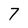
Character: 7